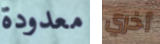
معدودة أخري